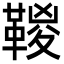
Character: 𩋯